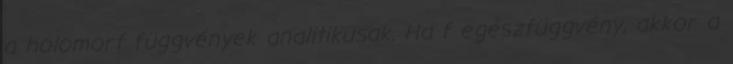
a holomorf függvények analitikusak. Ha f egészfüggvény, akkor a